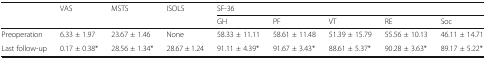
| <ROWSPAN=2>  | <ROWSPAN=2> VAS | <ROWSPAN=2> MSTS | <ROWSPAN=2> ISOLS | <COLSPAN=5> SF-36 |
 | GH | PF | VT | RE | Soc |
 | --- | --- | --- | --- | --- | --- | --- | --- | --- |
 | Preoperation | 6.33 ± 1.97 | 23.67 ± 1.46 | None | 58.33 ± 11.11 | 58.61 ± 11.48 | 51.39 ± 15.79 | 55.56 ± 10.13 | 46.11 ± 14.71 |
 | Last follow-up | 0.17 ± 0.38* | 28.56 ± 1.34* | 28.67 ± 1.24 | 91.11 ± 4.39* | 91.67 ± 3.43* | 88.61 ± 5.37* | 90.28 ± 3.63* | 89.17 ± 5.22* |